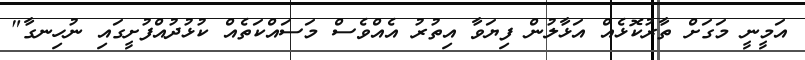
އަމީނީ މަގަށް ތާރުކޮޅެއް އަޅާލުން ފިޔަވާ އިތުރު އެއްވެސް މަސައްކަތެއް ކުޅުދުއްފުށީގައި ނުހިނގާ"